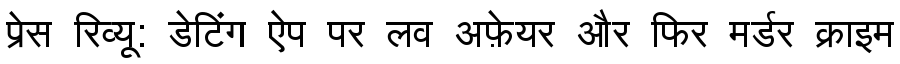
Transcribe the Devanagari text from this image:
प्रेस रिव्यू: डेटिंग ऐप पर लव अफ़ेयर और फिर मर्डर क्राइम